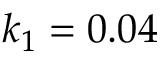
k _ { 1 } = 0 . 0 4